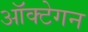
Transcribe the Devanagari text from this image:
ऑक्टेगन